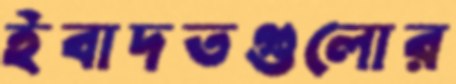
ইবাদতগুলোর